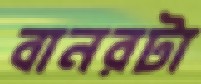
বানরটা